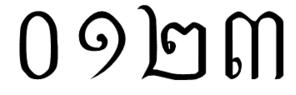
០ ១ ២ ៣